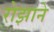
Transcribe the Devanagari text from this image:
रोझाने